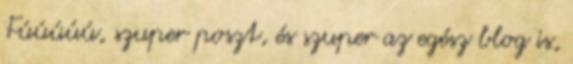
Fúúúúú, szuper poszt, és szuper az egész blog is,